Scottish Leaving Certificate Examination, 1952
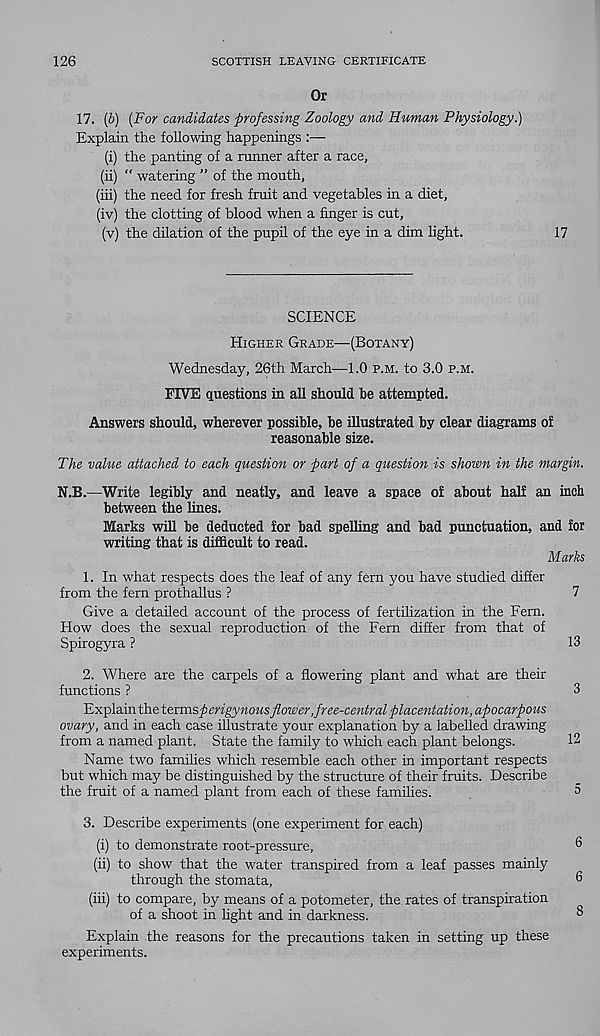
126
SCOTTISH LEAVING CERTIFICATE
Or
17. (b) (For candidates professing Zoology and Human Physiology.)
Explain the following happenings :—
(i) the panting of a ranner after a race,
(ii) “ watering ” of the mouth,
(hi) the need for fresh fruit and vegetables in a diet,
(iv) the clotting of blood when a finger is cut,
(v) the dhation of the pupil of the eye in a dim light.
17
SCIENCE
Higher Grade—(Botany)
Wednesday, 26th March—1.0 p.m. to 3.0 p.m.
FIVE questions in all should be attempted.
Answers should, wherever possible, be illustrated by clear diagrams of
reasonable size.
The value attached to each question or part of a question is shown in the margin.
N.B.—Write legibly and neatly, and leave a space of about half an inch
between the lines.
Marks will be deducted for bad spelling and bad punctuation, and for
writing that is difficult to read.
Marks
1. In what respects does the leaf of any fern you have studied differ
from the fern prothallus ?
7
Give a detailed account of the process of fertilization in the Fern.
How does the sexual reproduction of the Fern differ from that of
Spirogyra ?
13
2. Where are the carpels of a flowering plant and what are their
functions ?
3
Explain the terms^ erigynous flower, free-central placentation, apocarpous
ovary, and in each case illustrate your explanation by a labelled drawing
from a named plant. State the family to which each plant belongs.
12
Name two families which resemble each other in important respects
but which may be distinguished by the structure of their fruits. Describe
the fruit of a named plant from each of these famihes.
5
3. Describe experiments (one experiment for each)
(i) to demonstrate root-pressure,
(ii) to show that the water transpired from a leaf passes mainly
through the stomata,
(iii) to compare, by means of a potometer, the rates of transpiration
of a shoot in light and in darkness.
Explain the reasons for the precautions taken in setting up these
experiments.